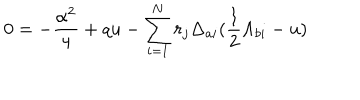
LaTeX: 0 = - { \frac { \alpha ^ { 2 } } { 4 } } + q u - \sum _ { i = 1 } ^ { N } r _ { j } \Delta _ { a i } ( { \frac { 1 } { 2 } } \Lambda _ { b i } - u )